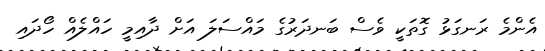
އެންމެ ރަނގަޅު ގޮތަކީ ވެސް ބަނދަރުގެ މައްސަލަ އަށް ދާއިމީ ހައްލެއް ހޯދައި